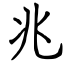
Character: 兆